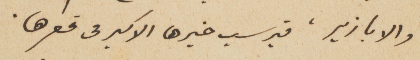
والابازير، فيرسب خيرها الاكبر في قعرها.